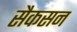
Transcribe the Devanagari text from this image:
सैकसन